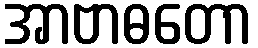
အာဗာဓတော